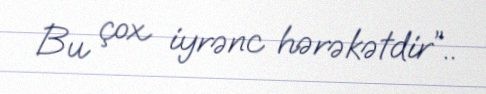
Bu çox iyrənc hərəkətdir”..